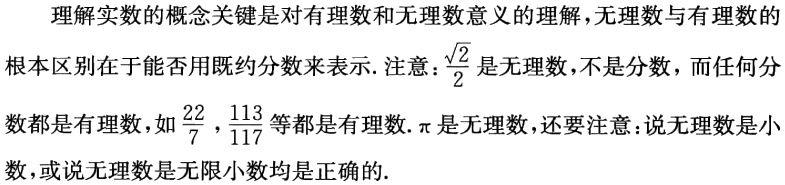
理解实数的概念关键是对有理数和无理数意义的理解,无理数与有理数的根本区别在于能否用既约分数来表示. 注意:$\frac{\sqrt{2}}{2}$是无理数,不是分数,而任何分数都是有理数,如$\frac{22}{7},\frac{113}{117}$等都是有理数. $\pi$是无理数,还要注意:说无理数是小数,或说无理数是无限小数均是正确的.